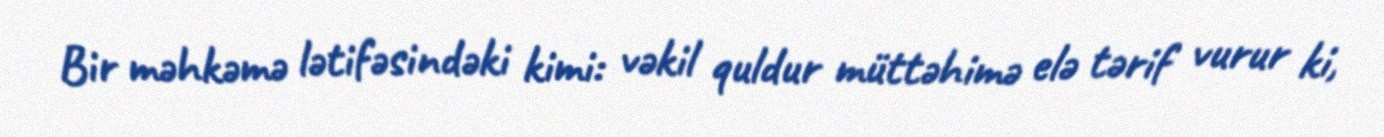
Bir məhkəmə lətifəsindəki kimi: vəkil quldur müttəhimə elə tərif vurur ki,